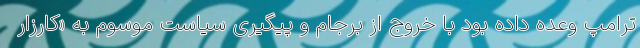
ترامپ وعده داده بود با خروج از برجام و پیگیری سیاست موسوم به «کارزار